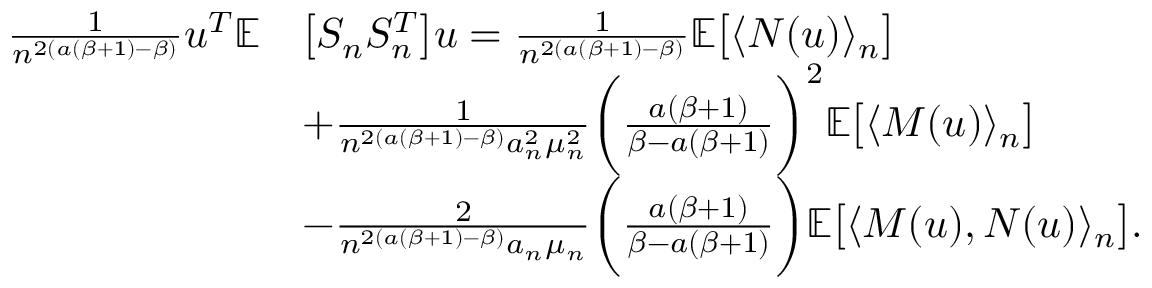
\begin{array} { r l } { \frac { 1 } { n ^ { 2 ( a ( \beta + 1 ) - \beta ) } } u ^ { T } \mathbb { E } } & { \big [ S _ { n } S _ { n } ^ { T } \big ] u = \frac { 1 } { n ^ { 2 ( a ( \beta + 1 ) - \beta ) } } \mathbb { E } \big [ \langle N ( u ) \rangle _ { n } \big ] } \\ & { + \frac { 1 } { n ^ { 2 ( a ( \beta + 1 ) - \beta ) } a _ { n } ^ { 2 } \mu _ { n } ^ { 2 } } \bigg ( \frac { a ( \beta + 1 ) } { \beta - a ( \beta + 1 ) } \bigg ) ^ { 2 } \mathbb { E } \big [ \langle M ( u ) \rangle _ { n } \big ] } \\ & { - \frac { 2 } { n ^ { 2 ( a ( \beta + 1 ) - \beta ) } a _ { n } \mu _ { n } } \bigg ( \frac { a ( \beta + 1 ) } { \beta - a ( \beta + 1 ) } \bigg ) \mathbb { E } \big [ \langle M ( u ) , N ( u ) \rangle _ { n } \big ] . } \end{array}